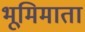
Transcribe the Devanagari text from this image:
भूमिमाता